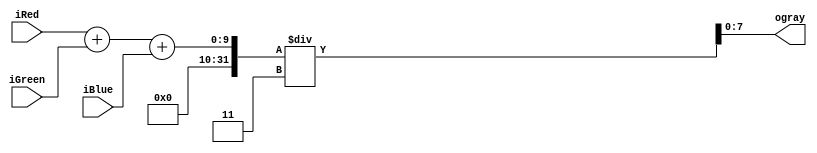
// Function: Turn RGB to Gray level
// Input: R, G, B
// Output: R, G, B
module Gray_Level(iRed, iGreen, iBlue, ogray);
    input  [7:0] iRed;
    input  [7:0] iGreen;
    input  [7:0] iBlue;
    output [7:0] ogray;
    wire   [9:0] tmpgray;

    assign tmpgray = ({2'd0, iRed} + {2'd0, iGreen} + {2'd0, iBlue}) / 3;

    assign ogray = tmpgray[7:0];

endmodule // Gray_Level